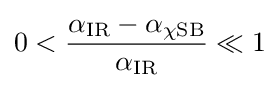
0<{\frac {\alpha _{\text{IR}}-\alpha _{\chi {\text{SB}}}}{\alpha _{\text{IR}}}}\ll 1